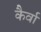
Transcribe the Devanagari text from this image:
कैर्वा